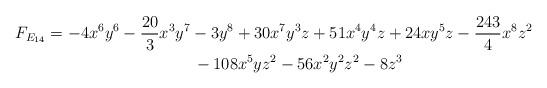
LaTeX: \begin{gather*}F_{E_{14}} = -4x^6y^6 -\frac{ 20}{3}x^3y^7 - 3y^8 + 30x^7y^3z + 51x^4y^4z + 24xy^5z - \frac{243}{4}x^8z^2\\\hphantom{F_{E_{14}} =}{} - 108x^5yz^2 - 56x^2y^2z^2 - 8z^3\end{gather*}